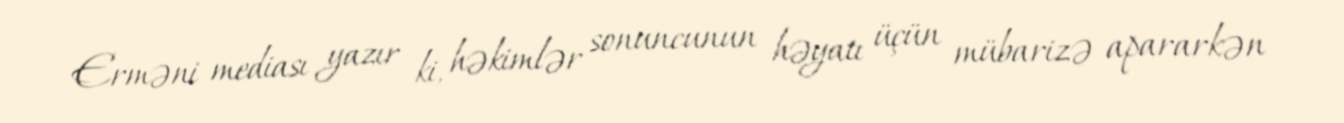
Erməni mediası yazır ki, həkimlər sonuncunun həyatı üçün mübarizə apararkən